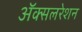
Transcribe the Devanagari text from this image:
अॅक्सलरेशन